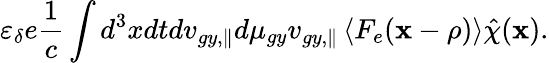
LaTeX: \varepsilon_{\delta}e\frac{1}{c}\int d^{3}xdtdv_{gy,\parallel}d\mu_{gy}v_{gy,\parallel}\left\langle F_{e}(\mathbf{x}-\mathbf{\mathbf{\rho}})\right\rangle\hat{\chi}(\textbf{x}).